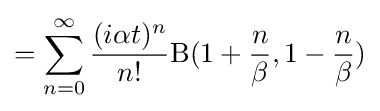
=\sum _{n=0}^{\infty }{\frac {(i\alpha t)^{n}}{n!}}\mathrm {B} (1+{\frac {n}{\beta }},1-{\frac {n}{\beta }})